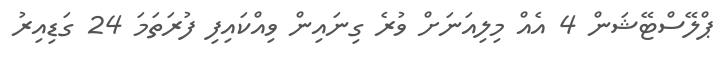
ޕްލޭސްޓޭޝަން 4 އެއް މިލިއަނަށް ވުރެ ގިނައިން ވިއްކައިފި ފުރަތަމަ 24 ގަޑިއިރު